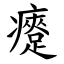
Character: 㿓